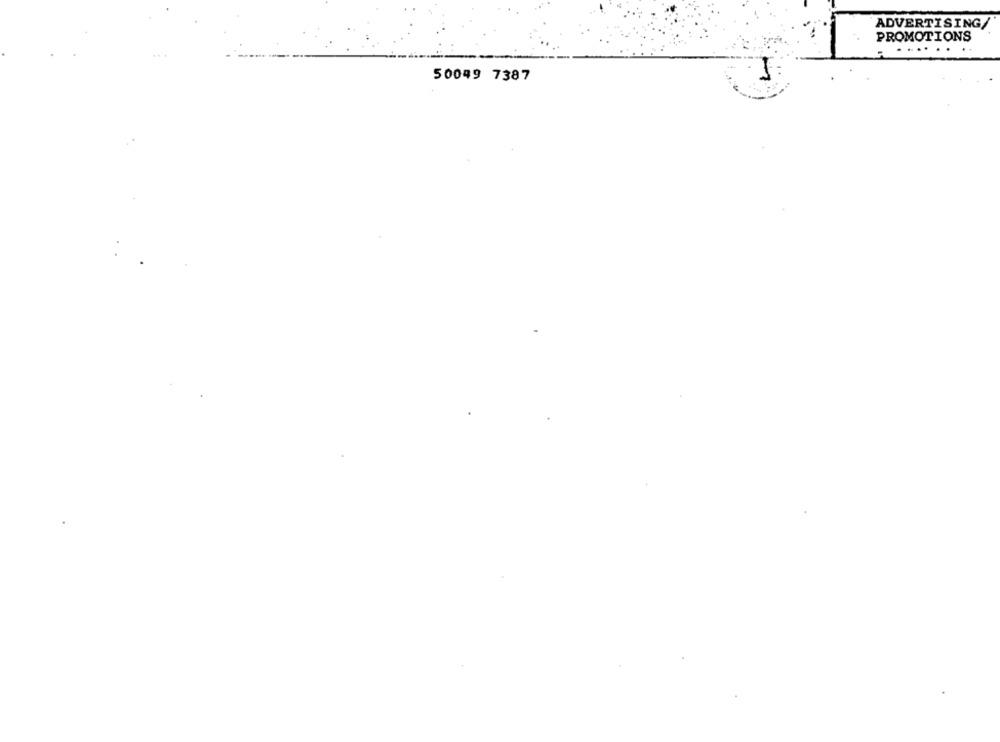
ADVERTISING/
PROMOTIONS
50049 7387